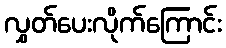
လွှတ်ပေးလိုက်ကြောင်း